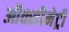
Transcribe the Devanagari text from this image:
ऑक्सीमेट्री